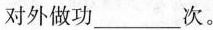
对外做功___次。